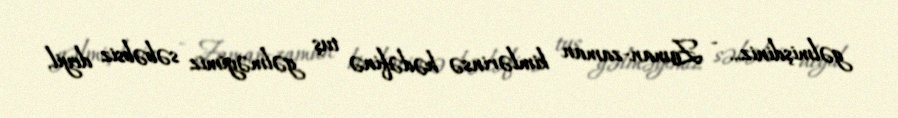
gəlmişdiniz... - Zaman-zaman kimlərinsə hədəfinə tuş gəlməyimiz səbəbsiz deyil.